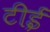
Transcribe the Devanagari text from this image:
टीई